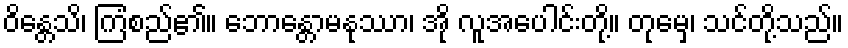
ဝိန္တေသိ၊ ကြံစည်၏။ ဘောန္တောမနုဿာ၊ အို လူအပေါင်းတို့။ တုမှေ၊ သင်တို့သည်။